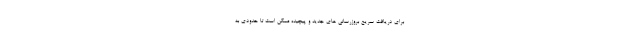
برای دریافت سریع بروزرسانی های جدید و پیچیده ممکن است تا حدودی به